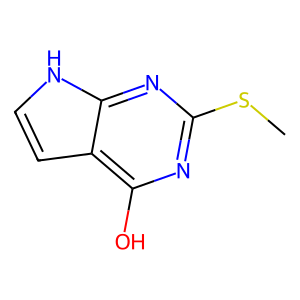
SMILES: CSc1nc(O)c2cc[nH]c2n1
Inhibits HIV replication: No